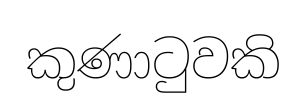
කුණාටුවකි